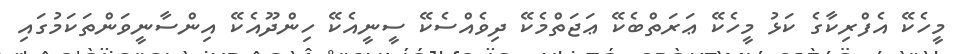
މީހެކޭ އެފްރިކާގެ ކަޅު މީހެކޭ ޢަރަތްބެކޭ ޢަޖަތްމެކޭ ދިވެއްސެކޭ ސީނީއެކޭ ހިންދޫއެކޭ އިންސާނީވަންތަކަމުގައި